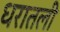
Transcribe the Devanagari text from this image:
धरातली